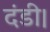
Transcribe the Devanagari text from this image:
दंडी।